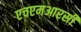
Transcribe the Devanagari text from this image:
एचएमआरसी